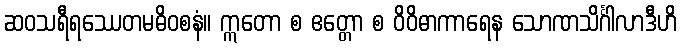
ဆဝသရီရဿေတမဓိဝစနံ။ ဣတော စ ဧတ္တော စ ဝိဝိဓာကာရေန သောဏသိင်္ဂါလာဒီဟိ